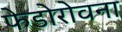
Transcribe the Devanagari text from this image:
फेडोरोवना